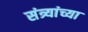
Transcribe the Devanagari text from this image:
संत्र्यांच्या